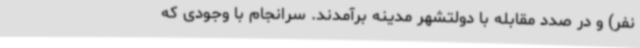
نفر) و در صدد مقابله با دولتشهر مدینه برآمدند. سرانجام با وجودی که